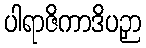
ပါရာဇိကာဒိပဉှာ